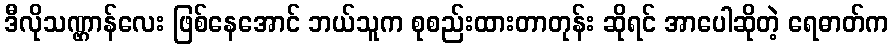
ဒီလိုသဏ္ဌာန်လေး ဖြစ်နေအောင် ဘယ်သူက စုစည်းထားတာတုန်း ဆိုရင် အာပေါဆိုတဲ့ ရေဓာတ်က